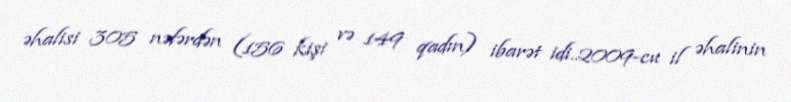
əhalisi 305 nəfərdən (156 kişi və 149 qadın) ibarət idi..2009-cu il əhalinin